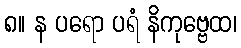
၈။ န ပရော ပရံ နိကုဗ္ဗေထ၊